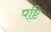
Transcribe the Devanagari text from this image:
पष्टि